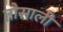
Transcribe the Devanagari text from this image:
तौसाली